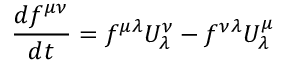
{ \frac { d f ^ { \mu \nu } } { d t } } = f ^ { \mu \lambda } U _ { \lambda } ^ { \nu } - f ^ { \nu \lambda } U _ { \lambda } ^ { \mu }